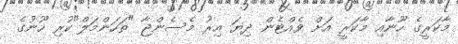
މާކަރީގެ ހޫނާއި މާކަރީ އަށް ވެއްޓެން ދިޔަ އިރު މެސެންޖާ "ތަހަންމަލް"ކުރި ހޫނުގެ